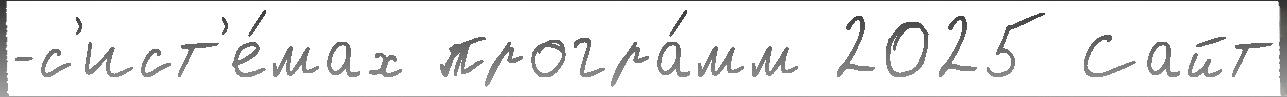
-с'ист'е́мах програ́мм 2025 Сайт